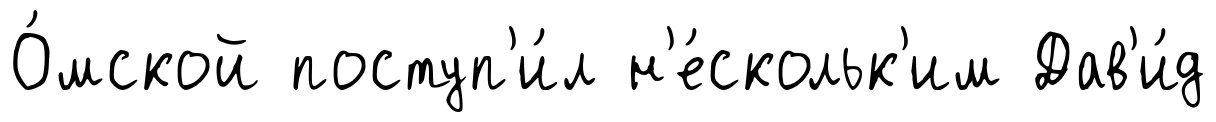
О́мской поступ'и́л н'е́скольк'им Дав'и́д